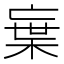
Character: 𭪭